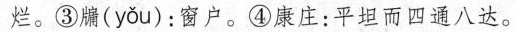
烂。③牖( yǒu )：窗户。④康庄：平坦而四通八达。